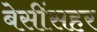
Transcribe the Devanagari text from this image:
बेसींसहर